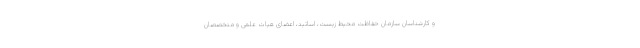
و کارشناسان سازمان حفاظت محیط زیست، اساتید، اعضای هیات علمی و متخصصان